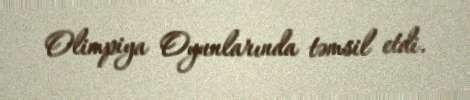
Olimpiya Oyunlarında təmsil etdi.